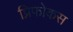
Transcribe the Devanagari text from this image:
प्रिफोकस